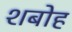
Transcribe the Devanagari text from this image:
शबोह